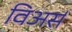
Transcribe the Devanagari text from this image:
विअर्स